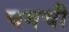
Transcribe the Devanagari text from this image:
चमची